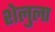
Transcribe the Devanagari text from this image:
शेलुला